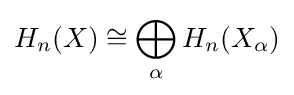
H_{n}(X)\cong \bigoplus _{\alpha }H_{n}(X_{\alpha })